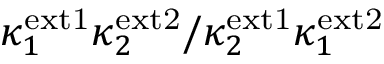
\kappa _ { 1 } ^ { \mathrm { e x t 1 } } \kappa _ { 2 } ^ { \mathrm { e x t 2 } } / \kappa _ { 2 } ^ { \mathrm { e x t 1 } } \kappa _ { 1 } ^ { \mathrm { e x t 2 } }